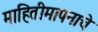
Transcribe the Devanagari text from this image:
माहितीमापनाचे